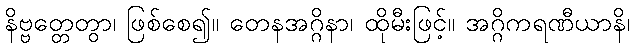
နိဗ္ဗတ္တေတွာ၊ ဖြစ်စေ၍။ တေနအဂ္ဂိနာ၊ ထိုမီးဖြင့်။ အဂ္ဂိကရဏီယာနိ၊